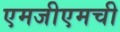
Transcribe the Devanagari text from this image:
एमजीएमची